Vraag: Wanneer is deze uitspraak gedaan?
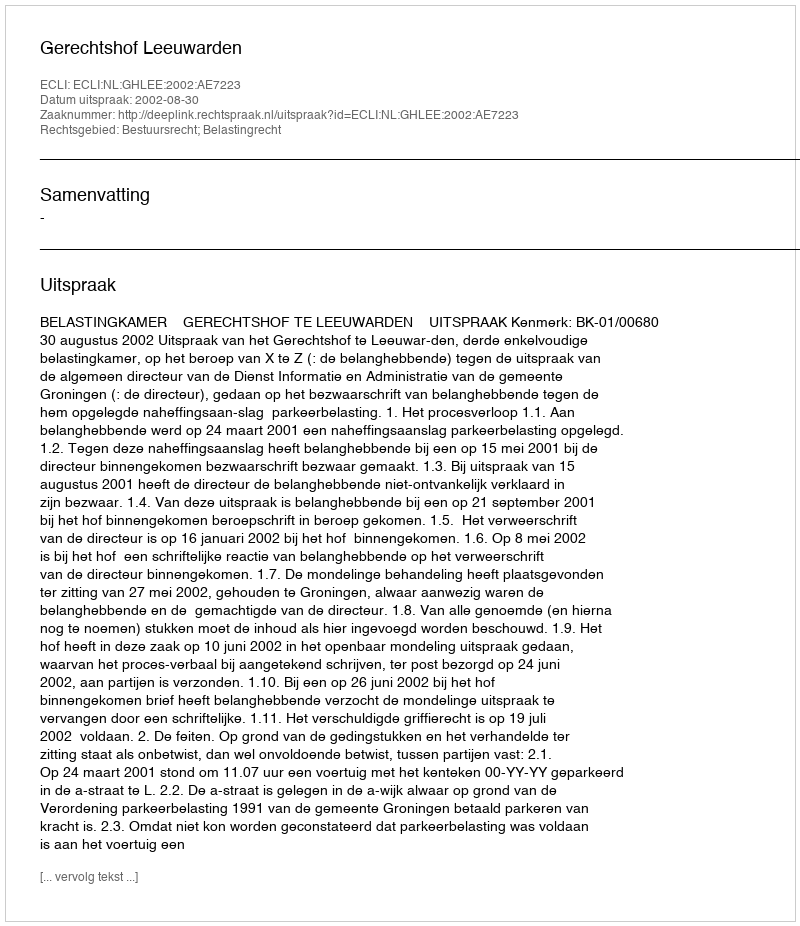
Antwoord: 2002-08-30